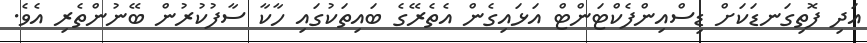
އަދި ފޮތިގަނޑަކަށް ޑިސްއިންފެކްޓަންޓް އަޅައިގެން އެތެރޭގެ ބައިތަކުގައި ހާކާ ސާފުކުރުން ބޭނުންތެރި އެވެ.